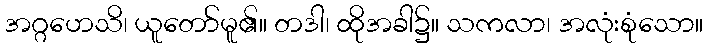
အဂ္ဂဟေသိ၊ ယူတော်မူ၏။ တဒါ၊ ထိုအခါ၌။ သကလာ၊ အလုံးစုံသော။